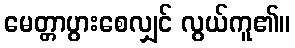
မေတ္တာပွားစေလျှင် လွယ်ကူ၏။